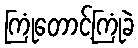
ကြုံတောင့်ကြုံခဲ